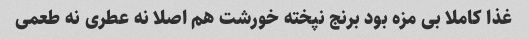
غذا کاملا بی مزه بود برنج نپخته خورشت هم اصلا نه عطری نه طعمی